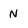
Character: N